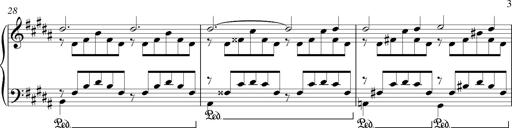
Title: LiebestrÃ¤ume
Composer: Franz Behr
Key: E-flat major